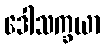
ဒေါသက္ခယာ